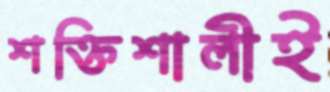
শক্তিশালীই